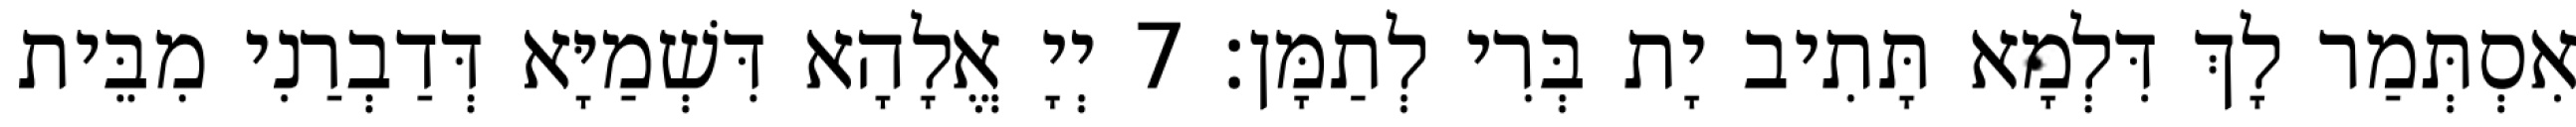
אִסְתְּמַר לָךְ דִּלְמָא תָּתִיב יָת בְּרִי לְתַמָּן׃ 7 יְיָ אֱלָהָא דִּשְׁמַיָּא דְּדַבְרַנִי מִבֵּית